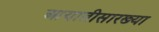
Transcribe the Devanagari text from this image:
आयातीसारख्या